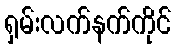
ရှမ်းလက်နက်ကိုင်